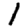
Digit: 1